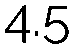
4.5